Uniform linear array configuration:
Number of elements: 64
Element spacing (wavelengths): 0.5
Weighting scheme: hamming
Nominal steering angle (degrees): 45
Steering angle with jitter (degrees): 46.477
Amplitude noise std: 0.05
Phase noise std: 0.05

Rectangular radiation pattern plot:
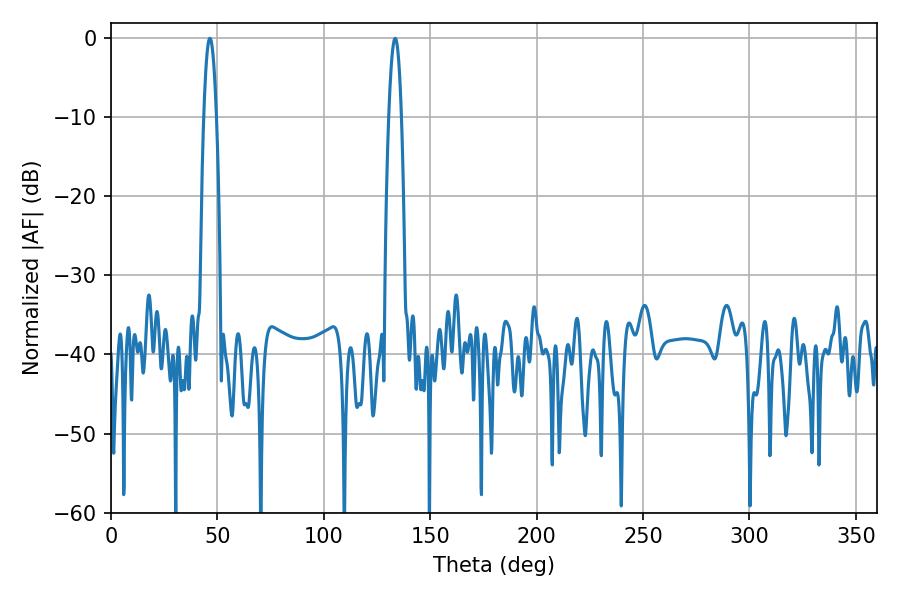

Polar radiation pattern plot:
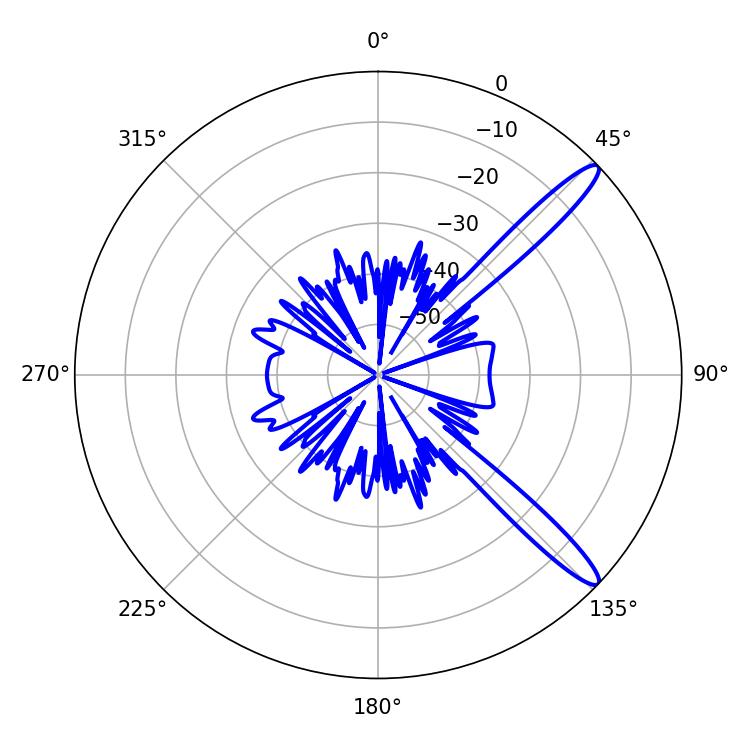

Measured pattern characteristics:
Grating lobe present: FALSE
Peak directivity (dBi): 13.453
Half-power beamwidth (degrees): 3.24
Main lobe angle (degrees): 46.44